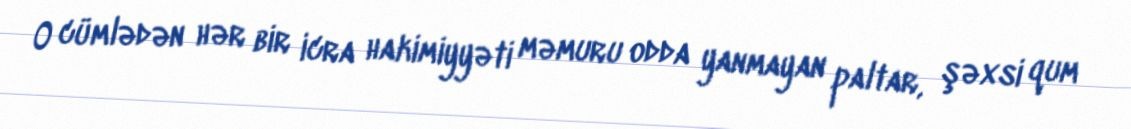
O cümlədən hər bir icra hakimiyyəti məmuru odda yanmayan paltar, şəxsi qum